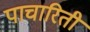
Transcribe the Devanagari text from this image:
पाचारिती